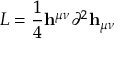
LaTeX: { \cal L } = { \frac { 1 } { 4 } } { \bf h } ^ { \mu \nu } \partial ^ { 2 } { \bf h } _ { \mu \nu }